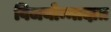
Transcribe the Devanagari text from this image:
विजयोन्मादात